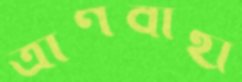
ত্রাণবাহী